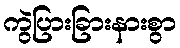
ကွဲပြားခြားနားစွာ